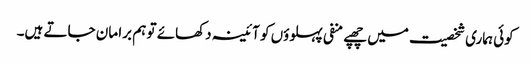
کوئی ہماری شخصیت میں چھپے منفی پہلوؤں کو آئینہ دکھائے تو ہم برا مان جاتے ہیں۔